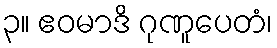
၃။ ဧဝမာဒိ ဂုဏူပေတံ၊